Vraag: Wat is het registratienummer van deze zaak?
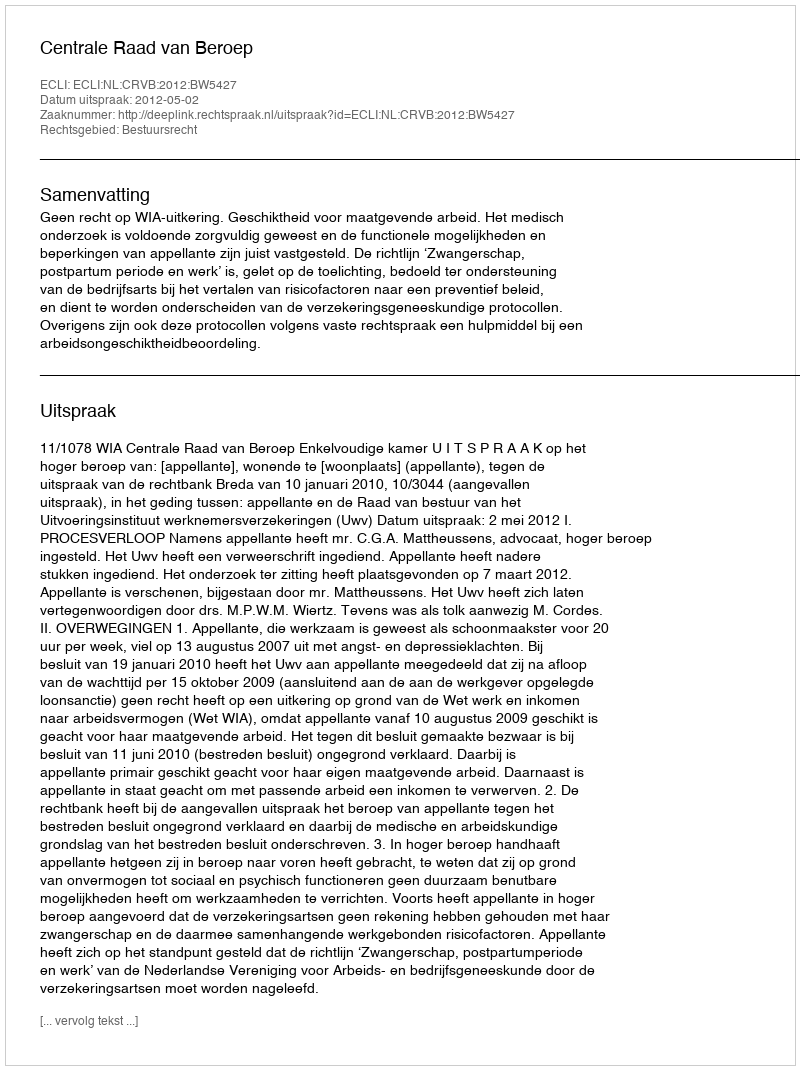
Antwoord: http://deeplink.rechtspraak.nl/uitspraak?id=ECLI:NL:CRVB:2012:BW5427